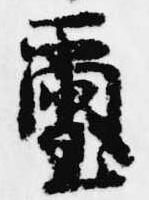
璽